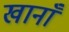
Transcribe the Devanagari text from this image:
खानाँ